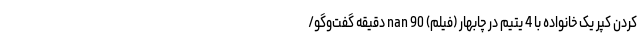
کردن کپر یک خانواده با 4 یتیم در چابهار (فیلم) nan 90 دقیقه گفت‌وگو/